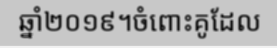
ឆ្នាំ២០១៩។ចំពោះគូដែល